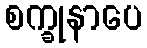
စက္ခုနာပေ